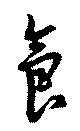
食